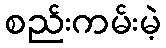
စည်းကမ်းမဲ့